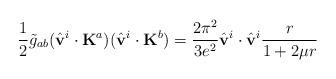
LaTeX: \begin{align*}\frac{1}{2}\tilde{g}_{ab}(\hat{\bf v}^i\cdot{\bf K}^a)(\hat{\bf v}^i\cdot{\bf K}^b)=\frac{2\pi^2}{3e^2}\hat{\bf v}^i\cdot\hat{\bf v}^i\frac{r}{1+2\mu r}\end{align*}